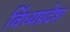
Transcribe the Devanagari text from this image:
विंध्यप्रदेश